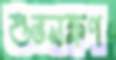
শুভলক্ষণ